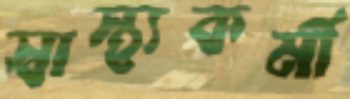
স্বাস্থ্যকর্মী